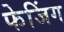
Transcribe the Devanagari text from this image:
फेजिंग